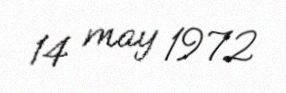
14 may 1972